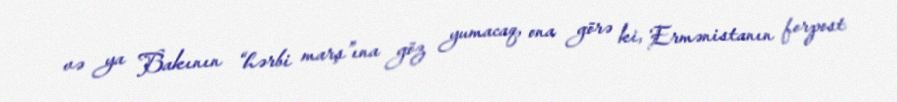
və ya Bakının “hərbi marş”ına göz yumacaq, ona görə ki, Ermənistanın forpost